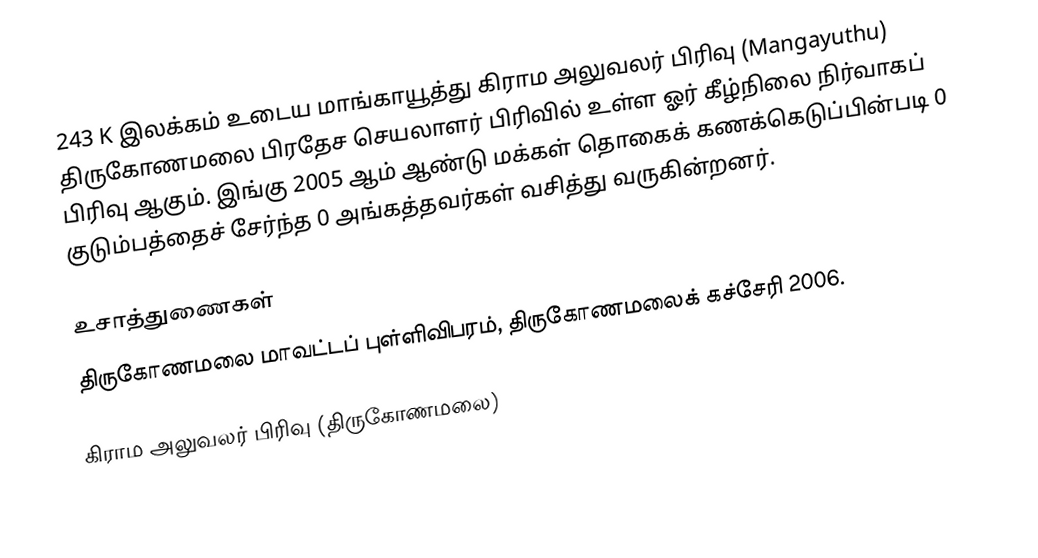
243 K இலக்கம்  உடைய மாங்காயூத்து கிராம அலுவலர் பிரிவு  (Mangayuthu) திருகோணமலை பிரதேச செயலாளர் பிரிவில் உள்ள ஓர் கீழ்நிலை நிர்வாகப் பிரிவு ஆகும். இங்கு 2005 ஆம் ஆண்டு மக்கள் தொகைக் கணக்கெடுப்பின்படி 0 குடும்பத்தைச் சேர்ந்த 0 அங்கத்தவர்கள் வசித்து வருகின்றனர்.

உசாத்துணைகள்
திருகோணமலை மாவட்டப் புள்ளிவிபரம், திருகோணமலைக் கச்சேரி 2006.

கிராம அலுவலர் பிரிவு (திருகோணமலை)